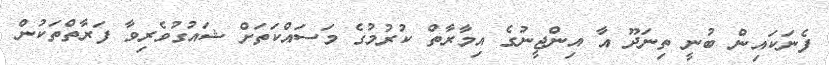
ފެނަކައިން ބުނީ ތިނަދޫ އާ އިންޖީނުގެ އިމާރާތް ކުރުމުގެ މަސައްކަތަށް ޝައުގުވެރިވާ ފަރާތްތަކުން